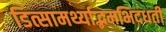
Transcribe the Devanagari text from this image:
डित्सामर्थ्याद्भमभिदधती